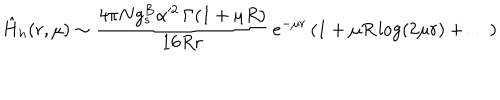
\hat { H } _ { h } ( r , \mu ) \sim \frac { 4 \pi N g _ { s } ^ { B } \alpha ^ { \prime 2 } \, { \Gamma ( 1 + \mu R ) } } { 1 6 R r } \, e ^ { - \mu r } \, ( 1 + \mu R \log ( 2 \mu r ) + \ldots )